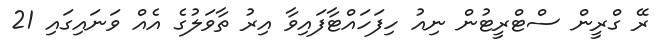
ރޭ ގްރީން ސްޓްރީޓުން ނިއު ހިފަހައްޓާފައިވާ އިރު ތާވަލުގެ އެއް ވަނައިގައި 21